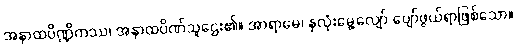
အနာထပိဏ္ဍိကဿ၊ အနာထပိဏ်သူဌေး၏။ အာရာမေ၊ နှလုံးမွေ့လျော် ပျော်ဖွယ်ရာဖြစ်သော။